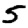
Digit: 5